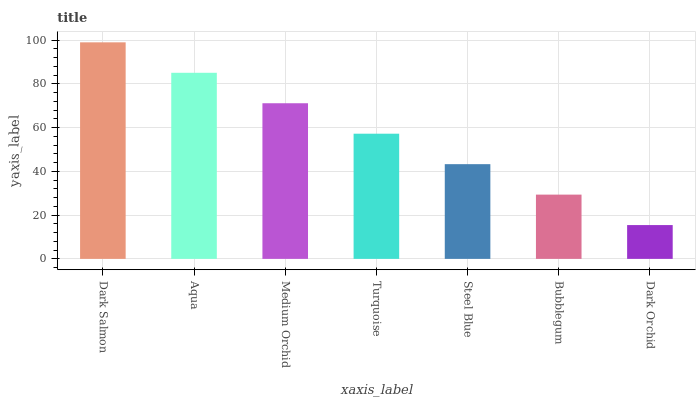
| xaxis_label | bars |
 | --- | --- |
 | Dark Salmon | 99 |
 | Aqua | 85.1 |
 | Medium Orchid | 71.2 |
 | Turquoise | 57.2 |
 | Steel Blue | 43.3 |
 | Bubblegum | 29.4 |
 | Dark Orchid | 15.5 |